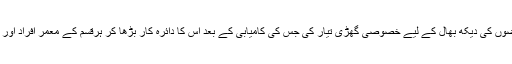
نوجوانوں نے رعشہ کے مریضوں کی دیکھ بھال کے لیے خصوصی گھڑی تیار کی جس کی کامیابی کے بعد اس کا دائرہ کار بڑھا کر ہرقسم کے معمر افراد اور مریضوں تک اس کو پھیلا دیا۔